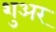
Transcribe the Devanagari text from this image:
शुअर